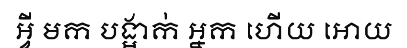
អ្វី មក បង្អាក់ អ្នក ហើយ អោយ